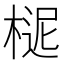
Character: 𣖗